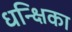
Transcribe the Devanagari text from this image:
धन्क्षिका